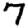
Digit: 7